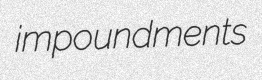
impoundments